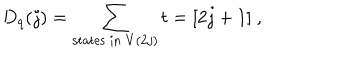
D _ { q } ( j ) = \sum _ { \mathrm { s t a t e s ~ i n ~ } V ( 2 j ) } t = [ 2 j + 1 ] ~ ,